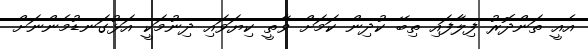
އެއީ ތަންދޮރު ފިލާފައި ތިބޭ ކުދިން ކަމަށް ވާތީ ކިޔަވައި ދިނުމަކީ އަޅުގަނޑުމެންނަށް